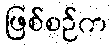
ဖြစ်စဉ်က